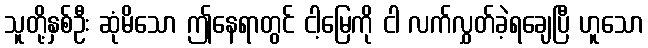
သူတို့နှစ်ဦး ဆုံမိသော ဤနေရာတွင် ငါ့မြေကို ငါ လက်လွှတ်ခဲ့ရချေပြီ ဟူသော